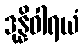
ဒုန္နိဝါရယံ